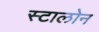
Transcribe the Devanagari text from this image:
स्टालोन